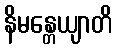
နိမန္တေယျာတိ